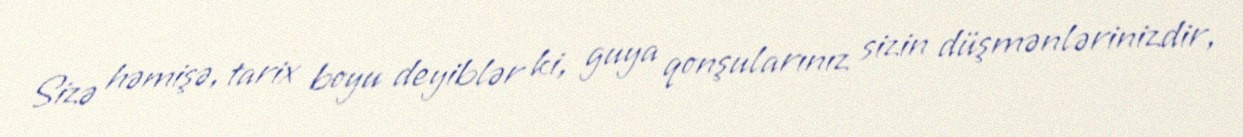
Sizə həmişə, tarix boyu deyiblər ki, guya qonşularınız sizin düşmənlərinizdir,